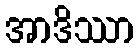
အာဒိဿာ